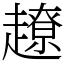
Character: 𧽽